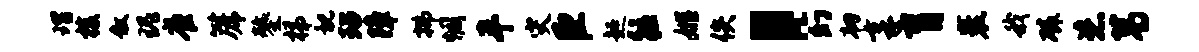
瑁梭叙瑰雀篪鏊梯视玷障拂惆半灾臣超往姬佚，幻韧享肓裹我磷恣葛